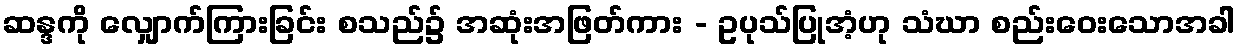
ဆန္ဒကို လျှောက်ကြားခြင်း စသည်၌ အဆုံးအဖြတ်ကား - ဥပုသ်ပြုအံ့ဟု သံဃာ စည်းဝေးသောအခါ